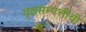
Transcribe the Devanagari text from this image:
वृक्षसम्पत्तीची